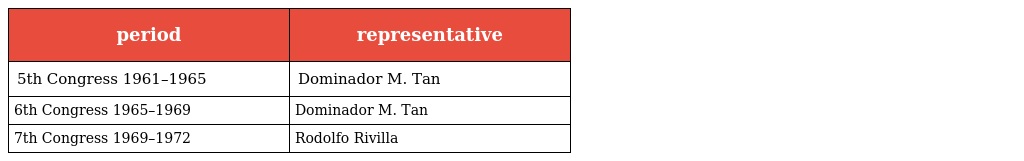
| period | representative |
 | --- | --- |
 | 5th Congress 1961–1965 | Dominador M. Tan |
 | 6th Congress 1965–1969 | Dominador M. Tan |
 | 7th Congress 1969–1972 | Rodolfo Rivilla |